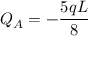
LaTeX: Q _ { A } = - { \frac { 5 q L } { 8 } }